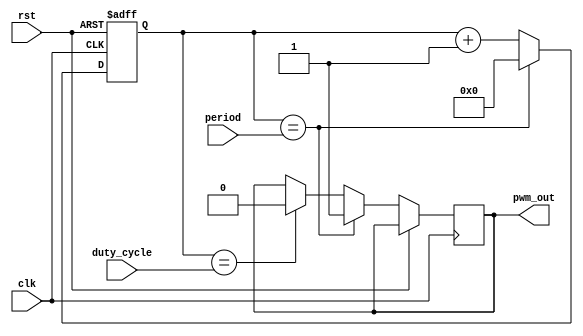
module pwm_timer (
  input wire clk,
  input wire rst,
  input wire [31:0] period,
  input wire [31:0] duty_cycle,
  output reg pwm_out
);

reg [31:0] counter;
reg [31:0] comparator_out;

always @(posedge clk or posedge rst) begin
  if (rst) begin
    counter <= 0;
  end else begin
    counter <= counter + 1;
    if (counter == period) begin
      counter <= 0;
      pwm_out <= 1;
    end else begin
      if (counter == duty_cycle) begin
        pwm_out <= 0;
      end
    end
  end
end

endmodule